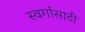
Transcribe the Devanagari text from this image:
स्वर्गासाठी